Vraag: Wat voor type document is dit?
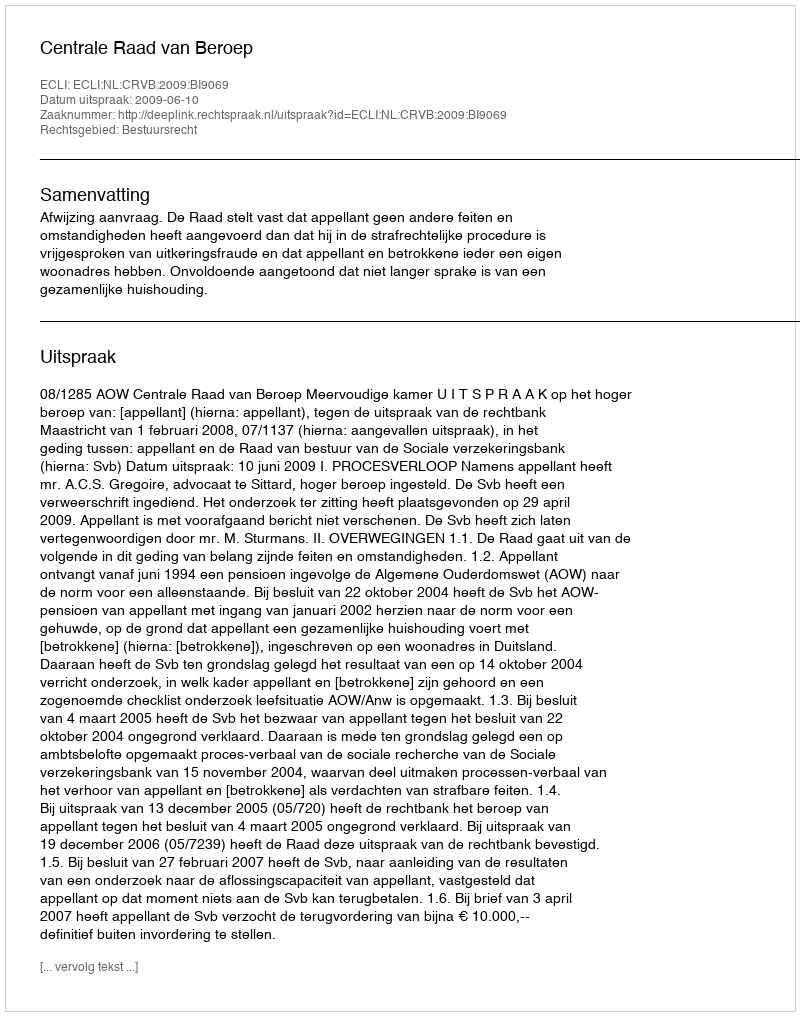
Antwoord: Uitspraak